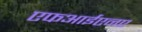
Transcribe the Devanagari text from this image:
एफआईएनए